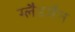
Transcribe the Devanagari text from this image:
ग्लैडमैन